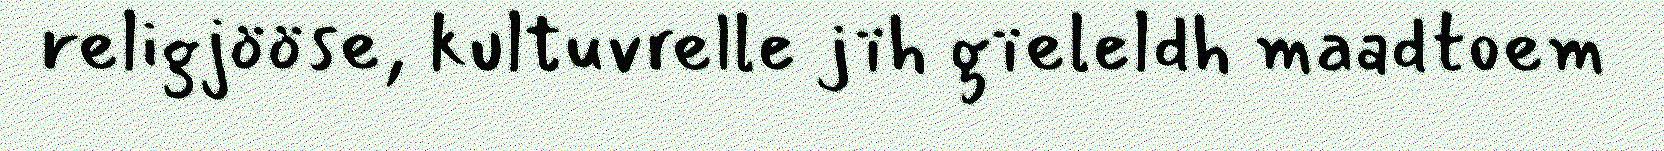
religjööse, kultuvrelle jïh gïeleldh maadtoem